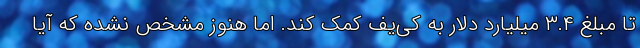
تا مبلغ ۳.۴ میلیارد دلار به کی‌یف کمک کند. اما هنوز مشخص نشده که آیا